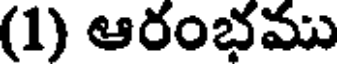
(1) ఆరంభము